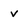
Character: v